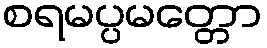
စရမပ္ပမတ္တော